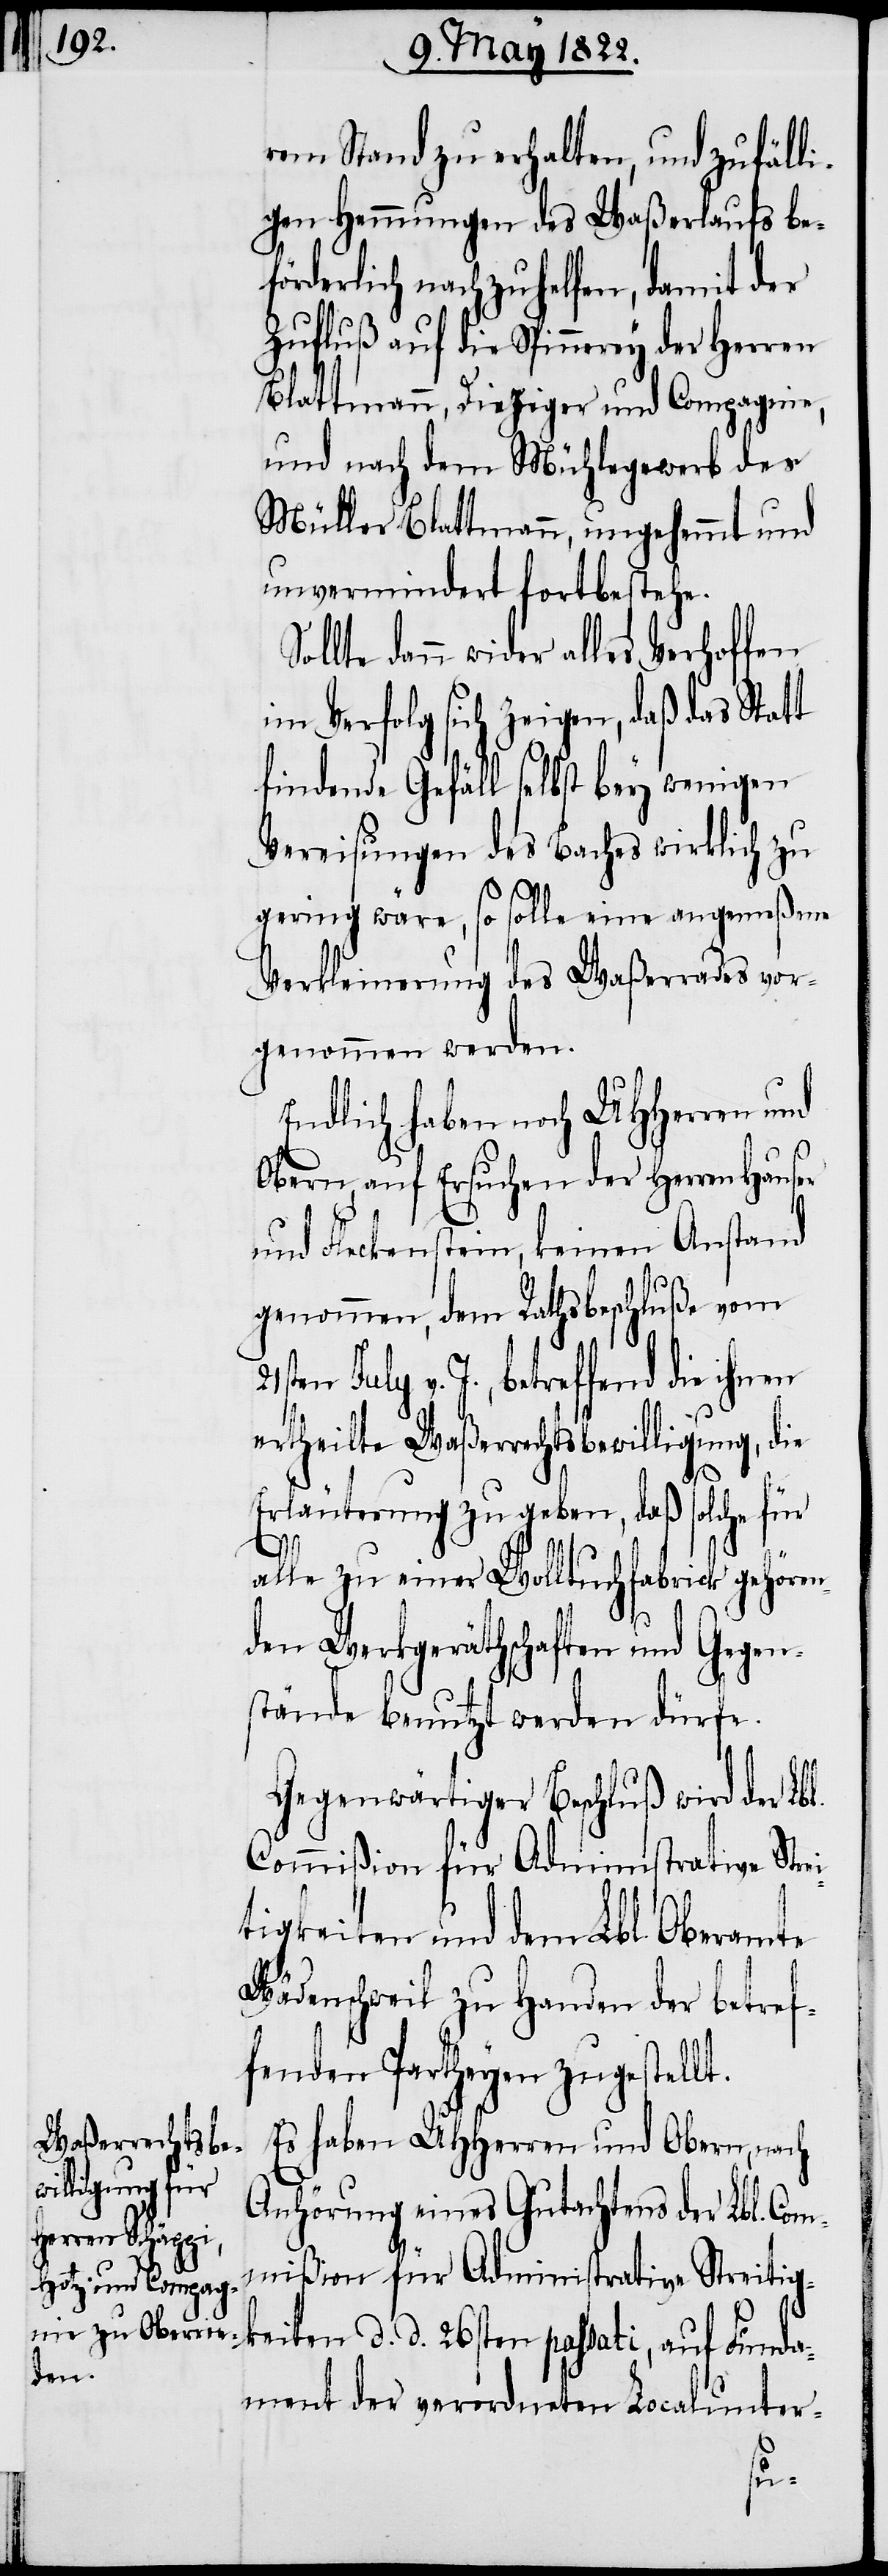
rem Stand zu erhalten, und zufäll¬
igen Hemmungen des Waßerlaufs bef¬
örderlich nachzuhelfen, damit der
Zufluß auf die Spinnerey der Herren
Blattmann, Dieziger und Compagnie,
und nach dem Mühlegewerb des
Müller Blattmann ungehemmt und
unvermindert fortbestehe.
lte dann wider alles Verhoffen
im Verfolg sich zeigen, daß das Statt
findende Gefäll selbst bey wenigen
Vereisungen des Baches wirklich zu
gering wäre, so solle eine angemeßene
Verkleinerung des Waßerrades vor¬
genommen werden.
Endlich haben noch UHHerren und
Obern, auf Ersuchen der Herren Hauser
und Fleckenstein, keinen Anstand
genommen, dem Rathsbeschluße vom
v. J., betreffend die ihnen
ertheilte Waßerrechtsbewilligung, die
Erläuterung zu geben, daß solche für
bl.
alle zu einer Wolltuchfabrick gehören¬
den Werkgeräthschaften und Gegen¬
stände benutzt werden dürfe.
Gegenwärtiger Beschluß wird der L¬
Commißion für Administrative Str¬
tigkeiten und dem Lbl. Oberamte
Wädenschweil zu Handen der betref¬
fenden Partheyen zugestellt.
Es haben UHHerren und Obern, nach
Anhörung eines Gutachtens der Lbl. Com¬
mißion für Administrative Streitig¬
keiten d. d. 26sten passati, auf Funda¬
ment der verordneten Localunter-
ei¬